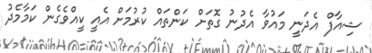
ޝިއާފް އެދަނީ މައުވާ އެދުނު ގޮތަށް ކަންތައް ކުރުމަށް އެއީ ކީއްވެގެން ކަމާމެދު